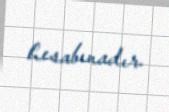
hesabınadır.